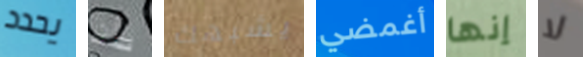
يحدد بأن يشبهك أغمضي إنها لا